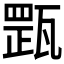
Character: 𤭺